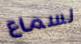
لسماع